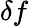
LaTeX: \mathbf\delta f